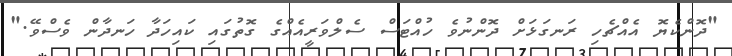
"ދޮންކެޔޮ އެއްޗެހި ރަނގަޅަށް ދޮންނުވެ ހުއްޓަސް ސެލްވަރީއެއްގެ ގޮތުގައި ކައިހަދާ ހަނދާން ވެސްވޭ."